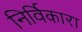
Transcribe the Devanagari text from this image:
निर्विकारा